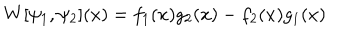
W [ \psi _ { 1 } , \psi _ { 2 } ] ( x ) = f _ { 1 } ( x ) g _ { 2 } ( x ) - f _ { 2 } ( x ) g _ { 1 } ( x )